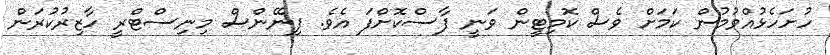
ހުށަހެޅުއްވުމުން ކަމަށް ވެސް ކޮމިޓީން ވަނީ ފާސްކޮށްފަ އެވެ. ފިނޭންސް މިިނިސްޓްރީ ހާޒިރުކުރަން